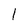
Character: 1